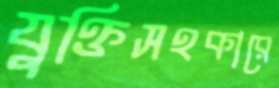
যুক্তিসহকারে